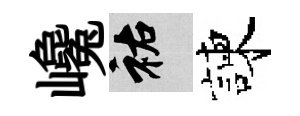
巉祐諫